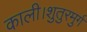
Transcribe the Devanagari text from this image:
काली।शुतुरमुर्ग